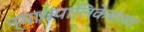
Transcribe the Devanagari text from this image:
न्यायपालिकेबाबत